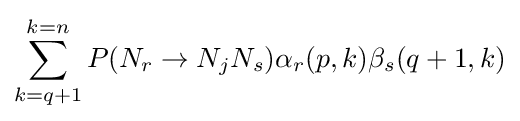
\sum _{k=q+1}^{k=n}P(N_{r}\rightarrow N_{j}N_{s})\alpha _{r}(p,k)\beta _{s}(q+1,k)